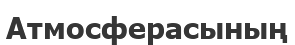
Атмосферасының